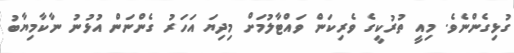
ގުޅިގެންނެވެ. މިއީ ތުރުކީގެ ވެރިކަން ވައްޓާލުމަށް މިދިޔަ އަހަރު ގެންނަން އުޅުނު ނާކާމިޔާބު